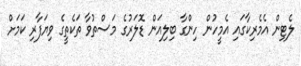
ލެޓިން އެމެރިކާގައި އެމީހުން ހިންގާ ބިލިއަން ޑޮލަރުގެ މަސްތުވާ ތަކެތީގެ ވިޔަފާރި ކަމަށް